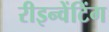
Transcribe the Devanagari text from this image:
रीइन्वेंटिंग